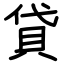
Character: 貸